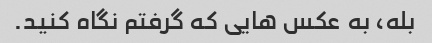
بله، به عکس هایی که گرفتم نگاه کنید.